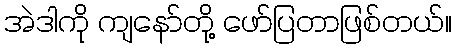
အဲဒါကို ကျနော်တို့ ဖော်ပြတာဖြစ်တယ်။